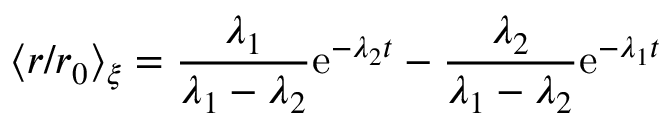
\langle r / r _ { 0 } \rangle _ { \xi } = \frac { \lambda _ { 1 } } { \lambda _ { 1 } - \lambda _ { 2 } } \mathrm { e } ^ { - \lambda _ { 2 } t } - \frac { \lambda _ { 2 } } { \lambda _ { 1 } - \lambda _ { 2 } } \mathrm { e } ^ { - \lambda _ { 1 } t }